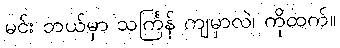
မင်း ဘယ်မှာ သင်္ကြန် ကျမှာလဲ၊ ကိုထက်။